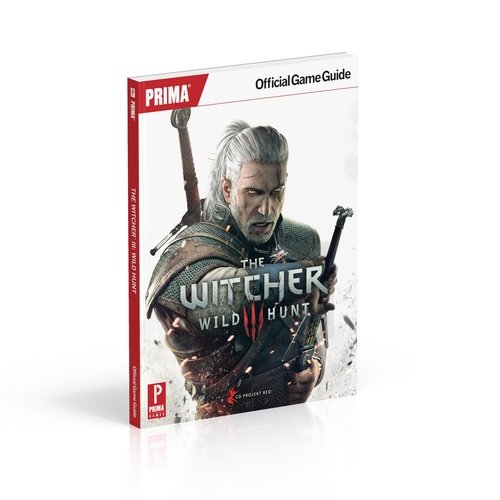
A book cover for The Witcher 3: Wild Hunt: Prima Official Game Guide; David Hodgson; Humor & Entertainment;